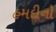
હમદીનો